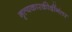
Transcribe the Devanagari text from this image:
नृत्यकारकीर्दीनंतर